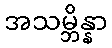
အသမ္ဘိန္နာ